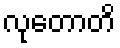
လုတောတိ